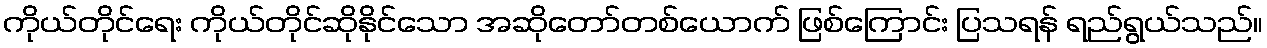
ကိုယ်တိုင်ရေး ကိုယ်တိုင်ဆိုနိုင်သော အဆိုတော်တစ်ယောက် ဖြစ်ကြောင်း ပြသရန် ရည်ရွယ်သည်။